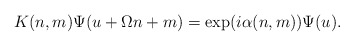
\begin{align*}K(n,m)\Psi (u+\Omega n+m)=\exp (i\alpha (n,m)) \Psi (u).\end{align*}